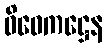
ဝိဝေကဋ္ဌေန